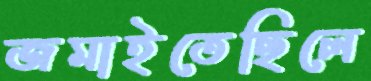
জমাইতেছিলে